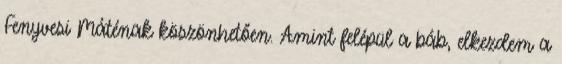
Fenyvesi Máténak köszönhetően. Amint felépül a báb, elkezdem a